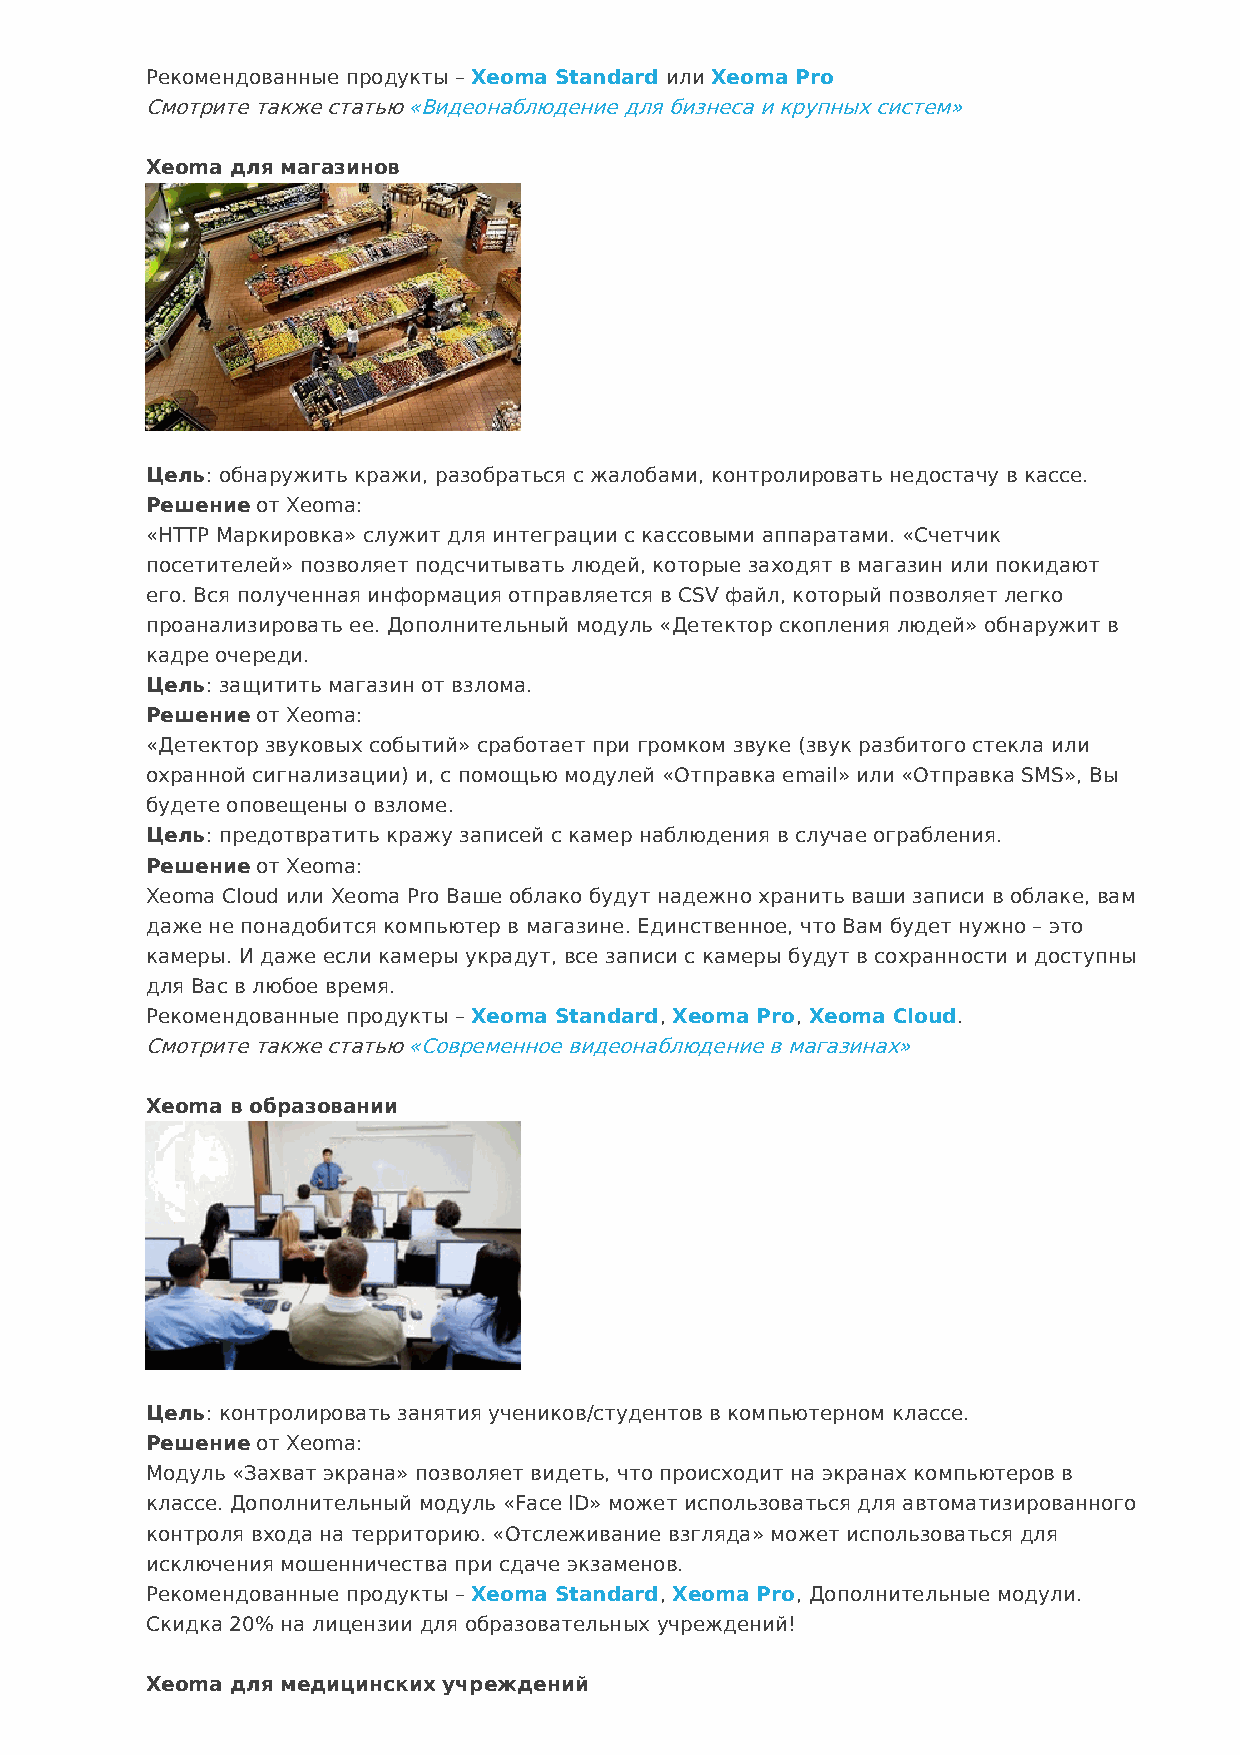
Рекомендованные продукты – Xeoma Standard или Xeoma Pro
 Смотрите также статью «Видеонаблюдение для бизнеса и крупных систем»
 Xeoma для магазинов
 Цель: обнаружить кражи, разобраться с жалобами, контролировать недостачу в кассе.
 Решение от Xeoma:
 «HTTP Маркировка» служит для интеграции с кассовыми аппаратами. «Счетчик
 посетителей» позволяет подсчитывать людей, которые заходят в магазин или покидают
 его. Вся полученная информация отправляется в CSV файл, который позволяет легко
 проанализировать ее. Дополнительный модуль «Детектор скопления людей» обнаружит в
 кадре очереди.
 Цель: защитить магазин от взлома.
 Решение от Xeoma:
 «Детектор звуковых событий» сработает при громком звуке (звук разбитого стекла или
 охранной сигнализации) и, с помощью модулей «Отправка email» или «Отправка SMS», Вы
 будете оповещены о взломе.
 Цель: предотвратить кражу записей с камер наблюдения в случае ограбления.
 Решение от Xeoma:
 Xeoma Cloud или Xeoma Pro Ваше облако будут надежно хранить ваши записи в облаке, вам
 даже не понадобится компьютер в магазине. Единственное, что Вам будет нужно – это
 камеры. И даже если камеры украдут, все записи с камеры будут в сохранности и доступны
 для Вас в любое время.
 Рекомендованные продукты – Xeoma Standard, Xeoma Pro, Xeoma Cloud.
 Смотрите также статью «Современное видеонаблюдение в магазинах»
 Xeoma в образовании
 Цель: контролировать занятия учеников/студентов в компьютерном классе.
 Решение от Xeoma:
 Модуль «Захват экрана» позволяет видеть, что происходит на экранах компьютеров в
 классе. Дополнительный модуль «Face ID» может использоваться для автоматизированного
 контроля входа на территорию. «Отслеживание взгляда» может использоваться для
 исключения мошенничества при сдаче экзаменов.
 Рекомендованные продукты – Xeoma Standard, Xeoma Pro, Дополнительные модули.
 Скидка 20% на лицензии для образовательных учреждений!
 Xeoma для медицинских учреждений